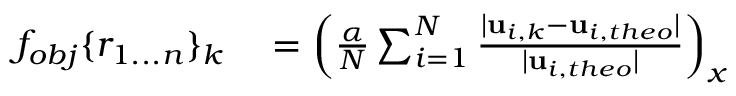
\begin{array} { r l } { f _ { o b j } \lbrace r _ { 1 . . . n } \rbrace _ { k } } & { { } = \left( \frac { \alpha } { N } \sum _ { i = 1 } ^ { N } \frac { \lvert { \bf { u } } _ { i , k } - { \bf { u } } _ { i , t h e o } \rvert } { \lvert { \bf { u } } _ { i , t h e o } \rvert } \right) _ { x } } \end{array}